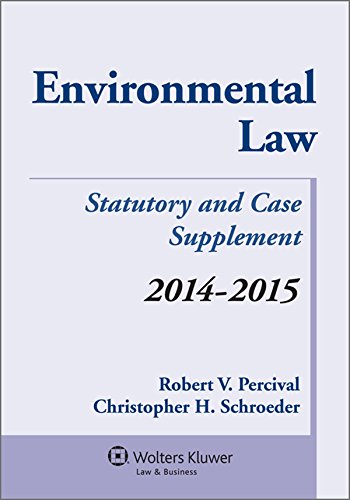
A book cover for Environmental Law Statutory and Case Supplement; Robert V. Percival; Law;